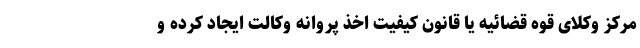
مرکز وکلای قوه قضائیه یا قانون کیفیت اخذ پروانه وکالت ایجاد کرده و